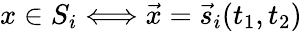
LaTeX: x\in S_{i}\Longleftrightarrow\vec{x}=\vec{s}_{i}(t_{1},t_{2})